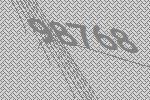
98768